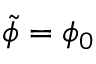
\tilde { \phi } = \phi _ { 0 }